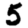
Digit: 5